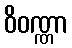
ဝိဝဏ္ဏာ